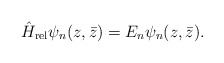
\begin{align*}\hat H_{\rm rel} \psi_n(z,\bar z) =E_n \psi_n(z,\bar z).\end{align*}